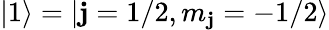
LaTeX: |1\rangle=|\mathbf{j}=1/2,m_{\mathbf{j}}=-1/2\rangle